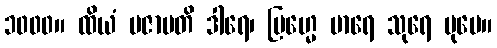
၁၀၀၀။ ထိယံ ပဇာပတိ ဒါရေ၊ ဗြဟ္မေ မာရေ သုရေ ပုမေ။